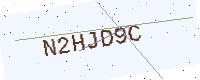
Text: N2HJD9C